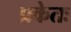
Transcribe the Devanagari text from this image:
प्रकेतः